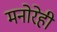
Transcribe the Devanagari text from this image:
मनोरेही